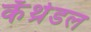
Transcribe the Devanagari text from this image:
कॅथ्रेडल